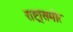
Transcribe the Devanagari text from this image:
राष्ट्रांसमोर